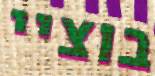
בוציי